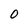
Character: 0